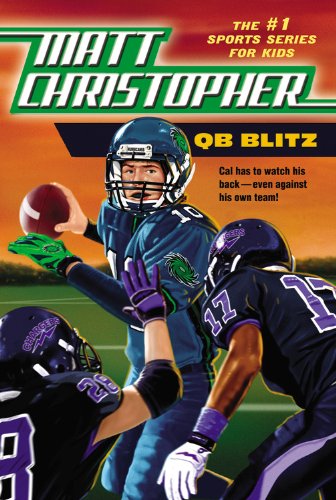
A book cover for QB Blitz (Matt Christopher the #1 Sports Series for Kids); Matt Christopher; Children's Books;